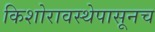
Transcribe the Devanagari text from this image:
किशोरावस्थेपासूनच